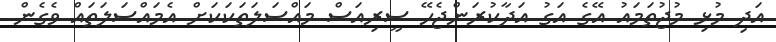
އަދި މުޅި މުޖުތަމައު އޭގެ އަގު އަދާކުރަންޖެހޭ ސީރިއަސް މައްސަލަތަކަކަށް އެމައްސަލަތައް ވެގެން